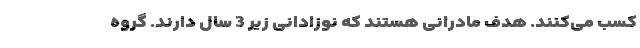
کسب می‌کنند. هدف مادرانی هستند که نوزادانی زیر 3 سال دارند. گروه